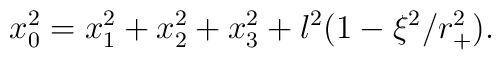
x_0^2=x_1^2 +x_2^2 +x_3^2 +l^2(1-\xi^2/r_+^2).